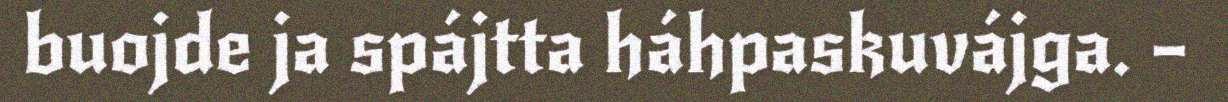
buojde ja spájtta háhpaskuvájga. –